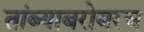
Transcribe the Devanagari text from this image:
तांब्याबरोबरच